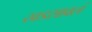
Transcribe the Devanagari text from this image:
खडसावलं